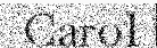
Carol